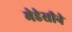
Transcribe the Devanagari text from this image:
मेडेसीने